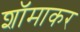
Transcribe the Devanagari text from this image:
शॉमाकर